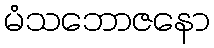
မံသဘောဇနော